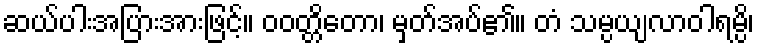
ဆယ်ပါးအပြားအားဖြင့်။ ဝဝတ္တိတော၊ မှတ်အပ်၏။ တံ သမ္ပယျလာဝါရမ္ပိ၊